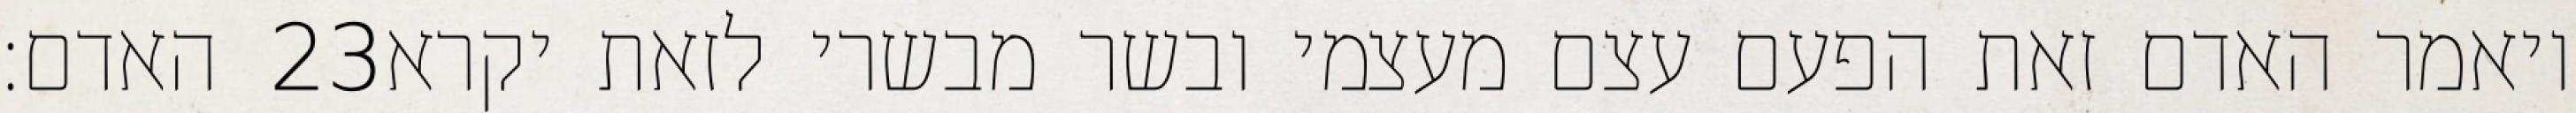
האדם׃ ‎23‏ ויאמר האדם זאת הפעם עצם מעצמי ובשר מבשרי לזאת יקרא